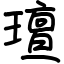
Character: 璮